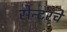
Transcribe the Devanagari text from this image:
सेन्टरचे